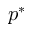
p ^ { * }